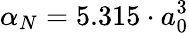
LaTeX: \alpha_{N}=5.315\cdot a_{0}^{3}